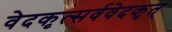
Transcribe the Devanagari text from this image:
वेदकृत्सर्ववेदकृत्